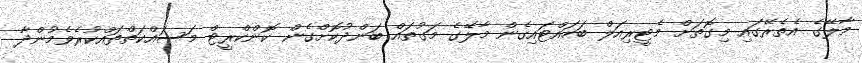
މާލޭގެ އެތެރޭގައި މިގޮތަށް މެޓީރިއަލް ބަހައްޓައިގެން މާލޭގެ މަގުތައް ބަންދުކޮށްގެން ކޮންކްރީޓް މަސައްކަތްތައްކުރެވެމުންދާ